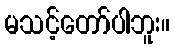
မသင့်တော်ပါဘူး။